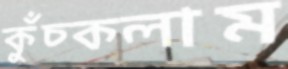
কুঁচ্‌কলাম